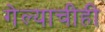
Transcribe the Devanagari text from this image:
गेल्याचीही